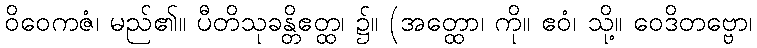
ဝိဝေကဇံ၊ မည်၏။ ပီတိသုခန္တိဧတ္ထ၊ ၌။ (အတ္ထော၊ ကို။ ဧဝံ၊ သို့။ ဝေဒိတဗ္ဗော၊